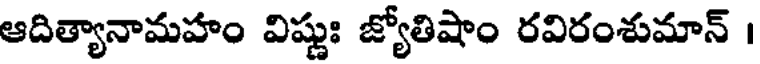
ఆదిత్యానామహం విష్ణుః జ్యోతిషాం రవిరంశుమాన్ ।